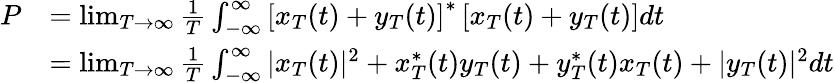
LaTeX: {\begin{array}{rl}{P}&{=\operatorname*{lim}_{T\to\infty}{\frac{1}{T}}\int_{-\infty}^{\infty}\left[x_{T}(t)+y_{T}(t)\right]^{*}\left[x_{T}(t)+y_{T}(t)\right]dt}\\ &{=\operatorname*{lim}_{T\to\infty}{\frac{1}{T}}\int_{-\infty}^{\infty}|x_{T}(t)|^{2}+x_{T}^{*}(t)y_{T}(t)+y_{T}^{*}(t)x_{T}(t)+|y_{T}(t)|^{2}dt}\end{array}}